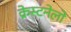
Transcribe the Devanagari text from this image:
क्रेस्टनेलो